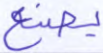
يصنع